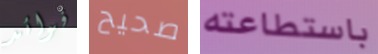
فوائد صحيح باستطاعته